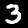
Digit: 3